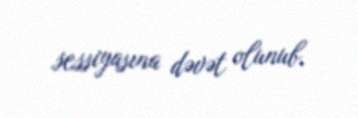
sessiyasına dəvət olunub.